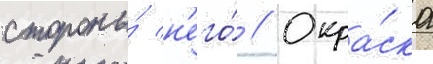
стороны́ н'его́ // Окра́ска